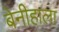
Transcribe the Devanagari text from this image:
बेनीहाला